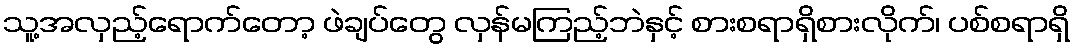
သူ့အလှည့်ရောက်တော့ ဖဲချပ်တွေ လှန်မကြည့်ဘဲနှင့် စားစရာရှိစားလိုက်၊ ပစ်စရာရှိ